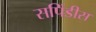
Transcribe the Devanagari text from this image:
सपिंडीस